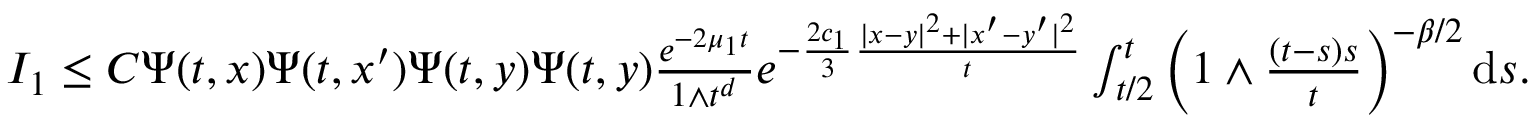
\begin{array} { r } { I _ { 1 } \le C \Psi ( t , x ) \Psi ( t , x ^ { \prime } ) \Psi ( t , y ) \Psi ( t , y ) \frac { e ^ { - 2 \mu _ { 1 } t } } { 1 \wedge t ^ { d } } e ^ { - \frac { 2 c _ { 1 } } { 3 } \frac { | x - y | ^ { 2 } + | x ^ { \prime } - y ^ { \prime } | ^ { 2 } } { t } } \int _ { t / 2 } ^ { t } \left( 1 \wedge \frac { ( t - s ) s } { t } \right) ^ { - \beta / 2 } \ensuremath { \mathrm { d } } s . } \end{array}